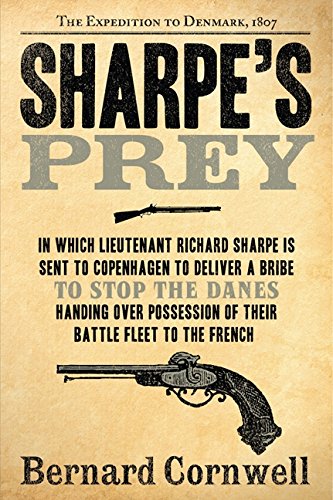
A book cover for Sharpe's Prey: Richard Sharpe & the Expedition to Denmark, 1807; Bernard Cornwell; Literature & Fiction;